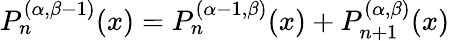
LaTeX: P_{n}^{(\alpha,\beta-1)}(x)=P_{n}^{(\alpha-1,\beta)}(x)+P_{n+1}^{(\alpha,\beta)}(x)